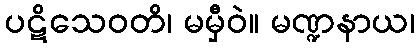
ပဋိသေဝတိ၊ မမှီဝဲ။ မဏ္ဍနာယ၊